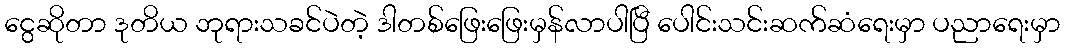
ငွေဆိုတာ ဒုတိယ ဘုရားသခင်ပဲတဲ့ ဒါတစ်ဖြေးဖြေးမှန်လာပါပြီ ပေါင်းသင်းဆက်ဆံရေးမှာ ပညာရေးမှာ